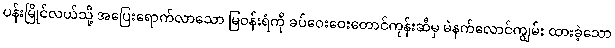
ပန်းမြိုင်လယ်သို့ အပြေးရောက်လာသော မြဝန်းရံကို ခပ်ဝေးဝေးတောင်ကုန်းဆီမှ မဲနက်လောင်ကျွမ်း ထားခဲ့သော